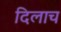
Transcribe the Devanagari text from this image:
दिलाच